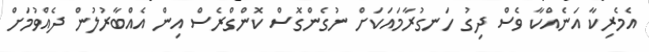
އެމެރިކާ އަނެއްކާ ވެސް ދިގު ހަނގުރާމައަކަށް ނުގެންގޮސް ކޮންގްރެސް އިން އެއްބާރުލުން ދެއްްވުމަށް